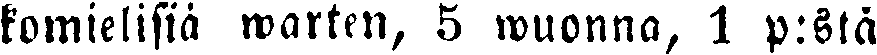
komielisiä warten, 5 wuonna, 1 p:stä